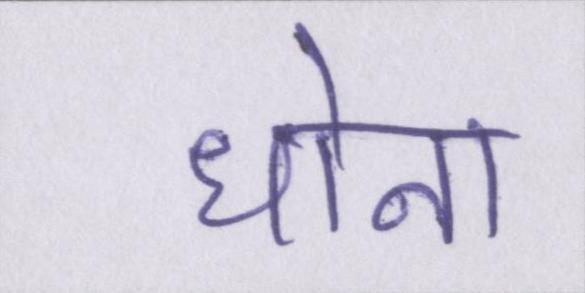
धोना